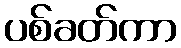
ပစ်ခတ်ကာ